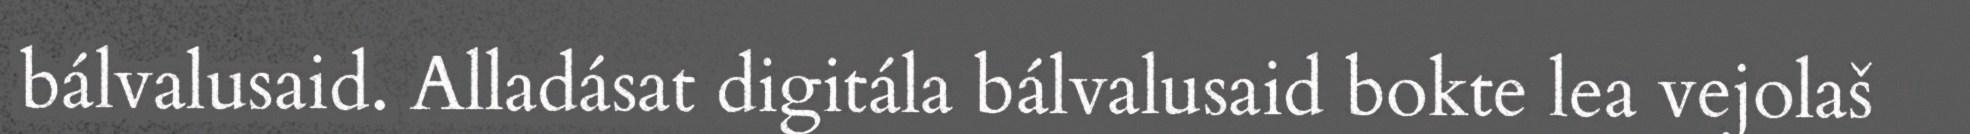
bálvalusaid. Alladásat digitála bálvalusaid bokte lea vejolaš